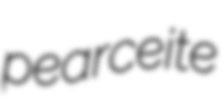
pearceite